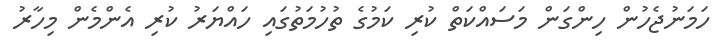
ހަމަނުޖެހުން ހިންގަން މަސައްކަތް ކުރި ކަމުގެ ތުހުމަތުގައި ހައްޔަރު ކުރި އެންމެން މިހާރު